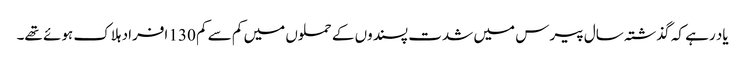
یاد رہے کہ گذشتہ سال پیرس میں شدت پسندوں کے حملوں میں کم سے کم 130 افراد ہلاک ہوئے تھے۔